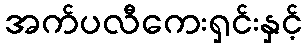
အက်ပလီကေးရှင်းနှင့်